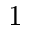
1